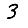
Digit: 3